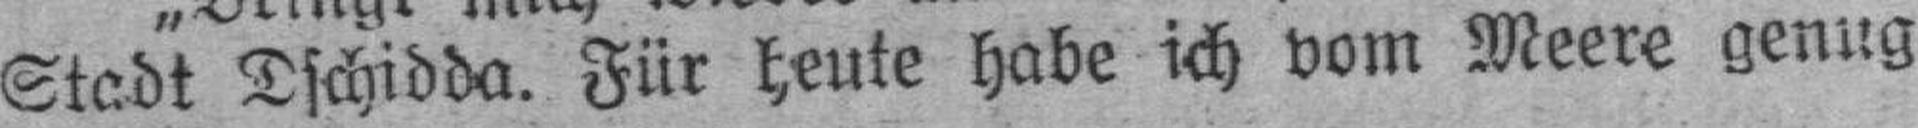
Stadt Dschidda. Für heute habe ich vom Meere genug